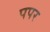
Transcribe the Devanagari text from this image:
पपर